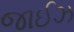
જાઈઝ